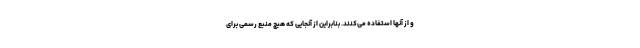
‌و از آنها استفاده می‌کنند. بنابراین از آنجایی که هیچ منبع رسمی برای